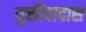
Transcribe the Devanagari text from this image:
युक्तीवादास